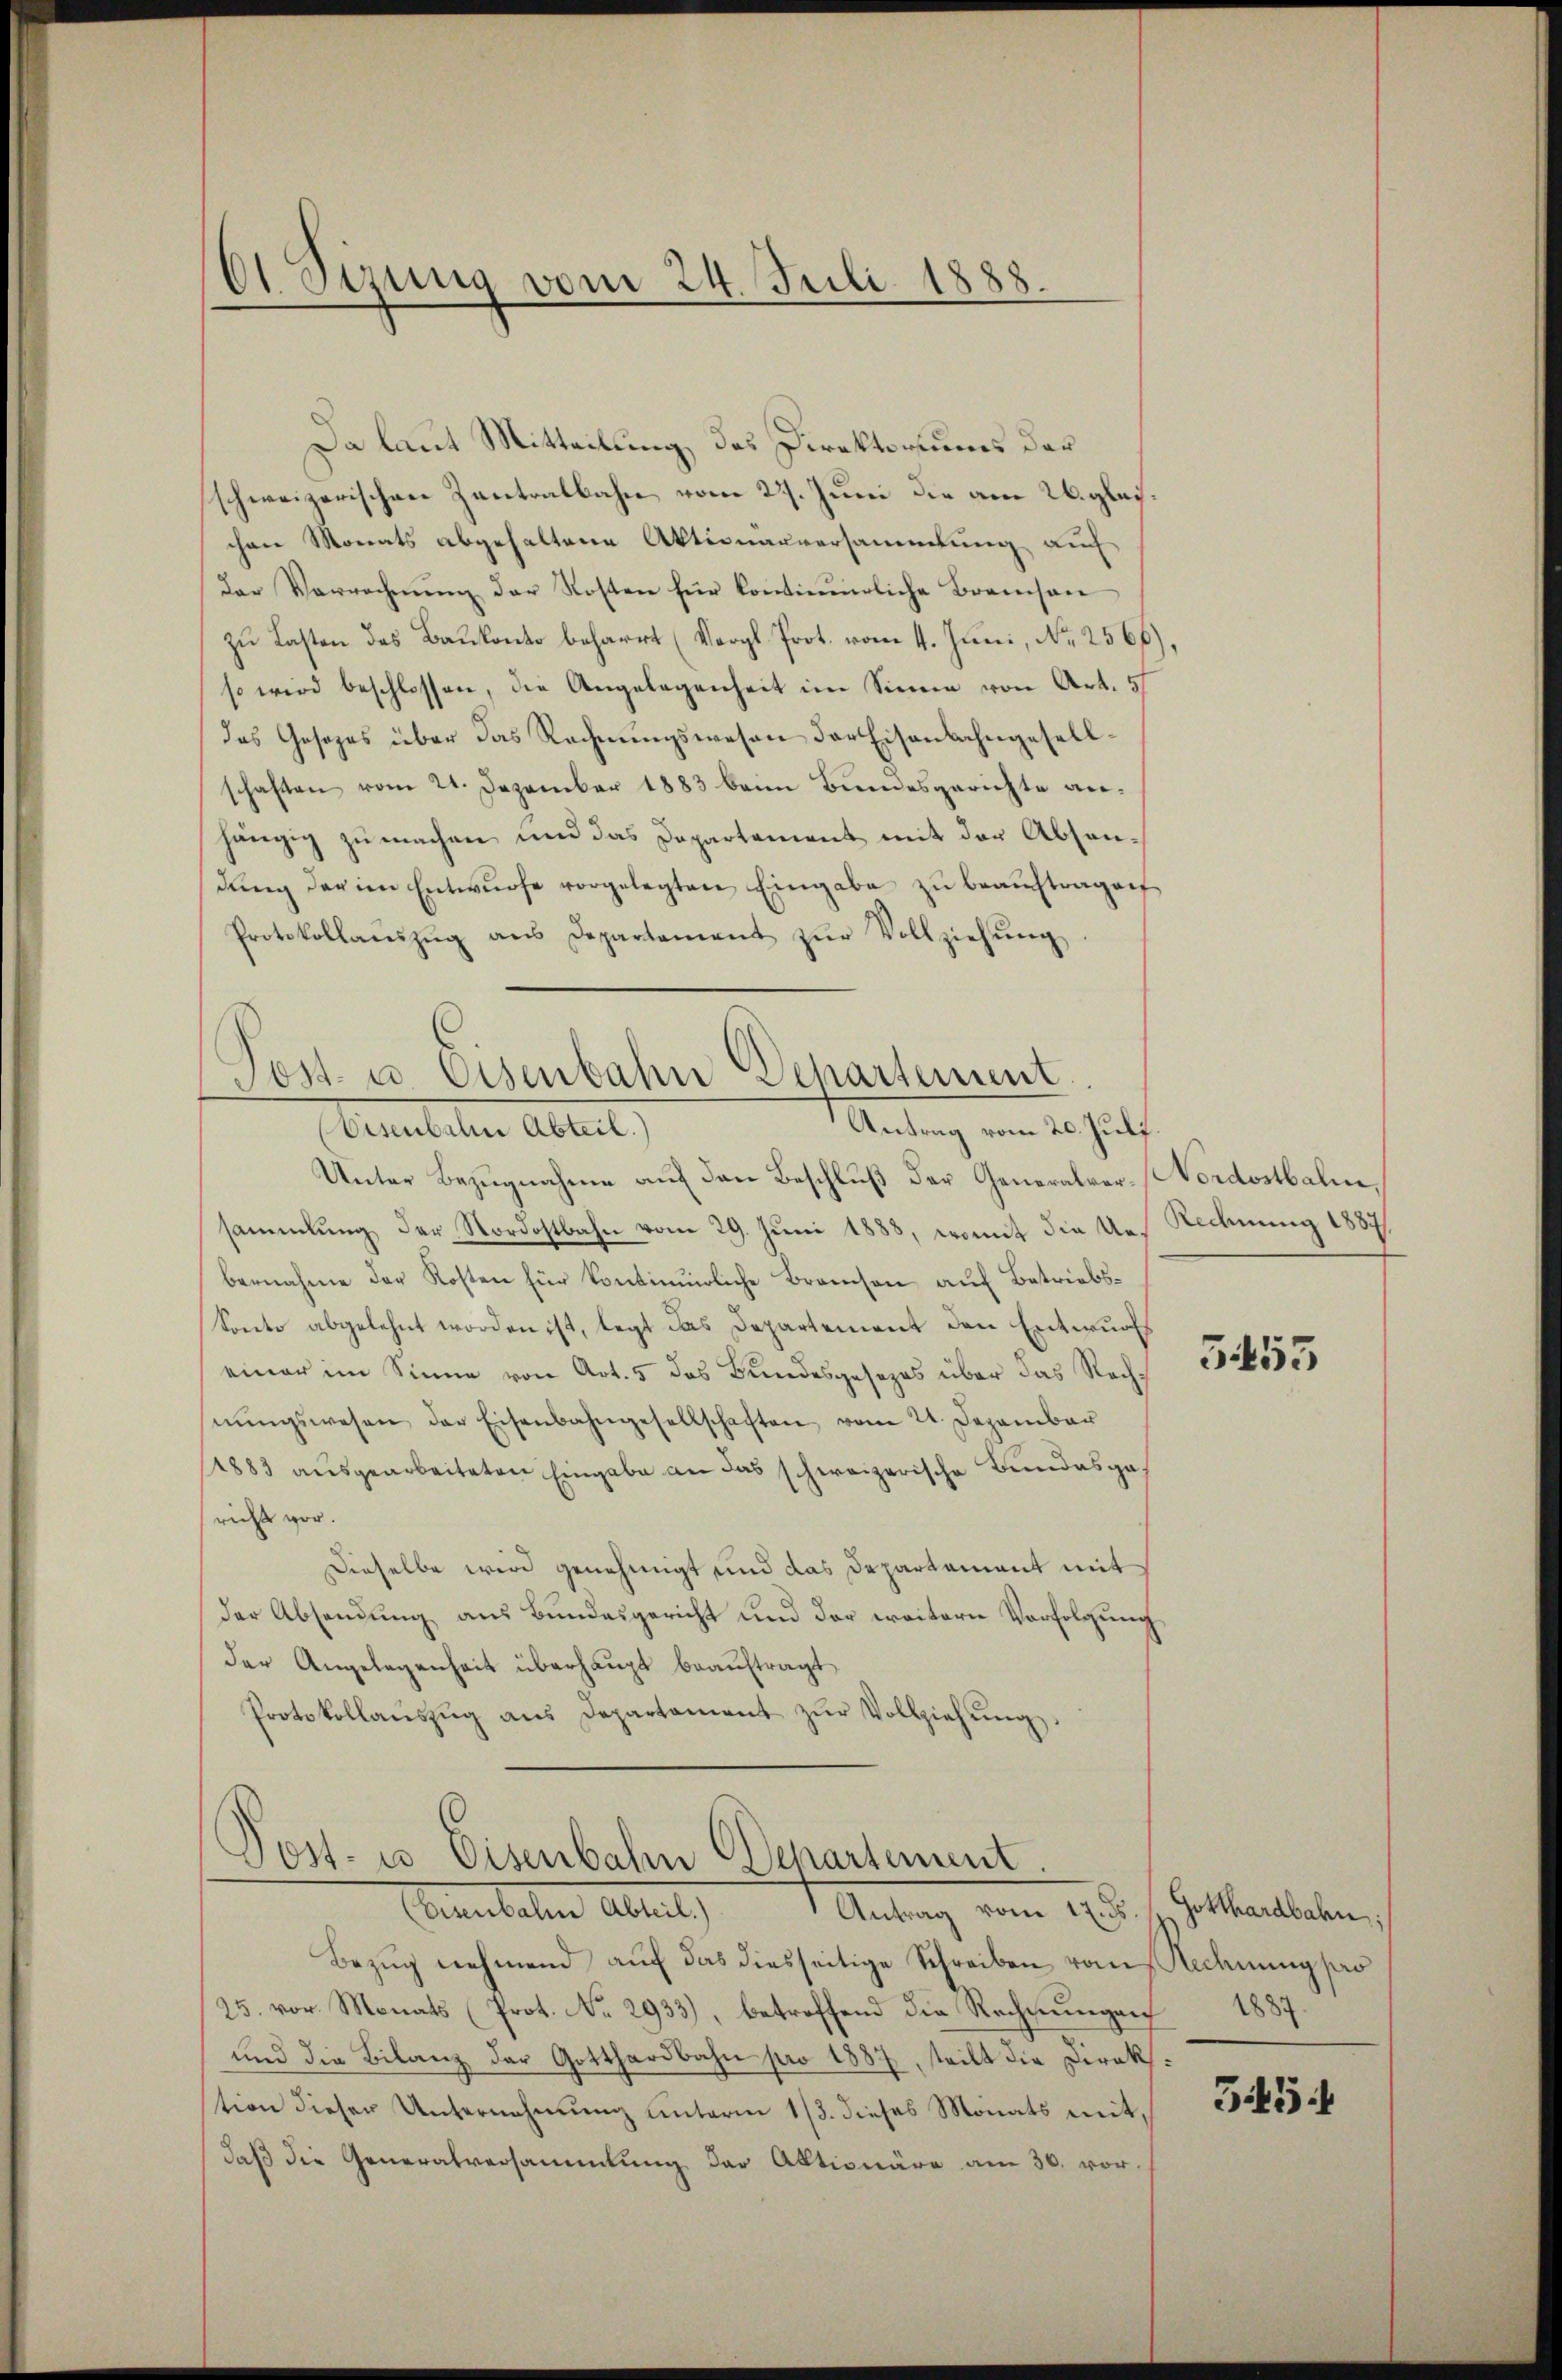
61 Sizung vom 24. Juli 1888.

Da laut Mitteilung, das Direktoriums der
schweizerischen Zentralbahn vom 27. Juni die am 26. gleichen Monats abgehaltene Aktionärversammlung auf
der Verrechnŭng der Kosten für kontinerliche Bramson
zu Lasten des Baukonto beharrt (Vergl. Prot. vom 4. Juni, No 2566.
so wird beschlossen, die Angelegenheit im Sinne von Art. 57
das Gesezes über das Rechnungswesen der Eisenbahngesellschaften vom 21. Dezember 1883 beim Bundesgerichte anhängig zu machen und das Departement mit der Absendŭng der im Entwŭrfe vorgelegten Eingabe zŭ beaŭftragen
Protokollaŭszŭg aŭs Departement zŭr Vollziehŭng
Unter Bezugnahme auf den Beschluß der Generalver-Nordostbalm,
sammlung der Nordostbahn vom 29. Juni 1888, womit die Urs-Rechnung 1887,
bernahme der Kosten für kontinuirliche Branchen auf Betriebs¬
Sonto abgelehnt worden ist, legt das Departement den Entwurfs
einer im Sinne von Art. 5 das Bundesgesezes über das Rechnŭngswesen der Eisenbahngesellschaften vom 21. Dezember
1883 ausgearbeiteten Eingabe an das schweizerische Bundesgas
rides vor.
Dieselbe wird genehmigt und das Departament mit
der Absendung aus Bundesgericht und der weitern Verfolgung
der Angelegenheit überhaupt beauftragt.
Protokollaŭszŭg ans Departament zŭr Vollziehŭng.

Post- u. Eisenbahn Departement.
Antrag vom 20. Juli
Gemutete Ableit

Post- u Eisenbahn Departement
(Eisenbahn Abteil.) Antrag vom 17. ds

Bezug nehmend auf das diesseitige Schreiben vom Rechnung so
25. vor. Monats (Prot. No. 2933), betreffend die Rechnungen 1887.
und die Bilanz der Gotthardbahn pro 1887, teilt die Direkstion dieser Unternehmung unterm 1/3. dieses Monats mitdaß die Generalversammlung der Aktionäre am 30. vor.

5453

Gotthardbahn

545